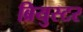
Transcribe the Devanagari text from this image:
ब्रियुस्टर